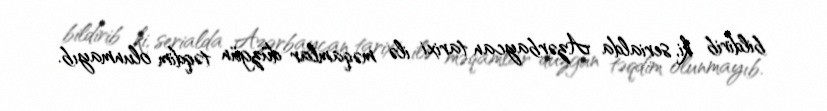
bildirib ki, serialda Azərbaycan tarixi ilə məqamlar düzgün təqdim olunmayıb.